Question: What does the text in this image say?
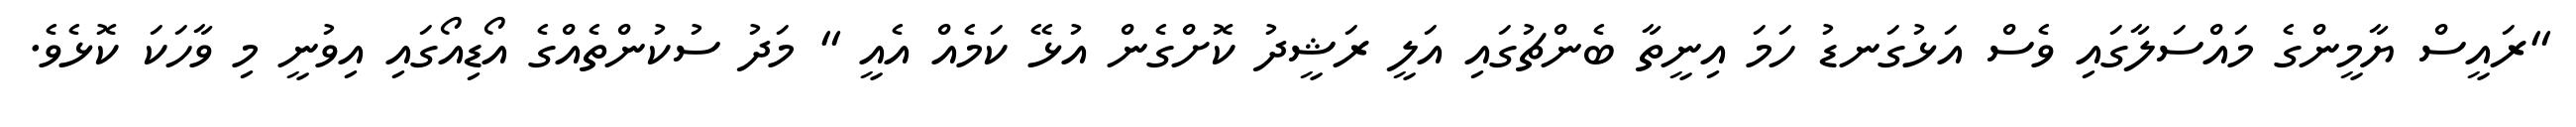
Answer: "ރައީސް ޔާމީންގެ މައްސަލާގައި ވެސް އަޅުގަނޑު ހަމަ އިނީތާ ބެންޗުގައި އަލީ ރަޝީދު ކޮށްގެން އުޅޭ ކަމެއް އެއީ " މަދު ސުކުންތެއްގެ އޯޑިއޯގައި އިވުނީ މި ވާހަކަ ކޮޅެވެ.